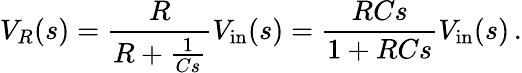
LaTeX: V_{R}(s)={\frac{R}{R+{\frac{1}{Cs}}}}V_{\mathrm{in}}(s)={\frac{RCs}{1+RCs}}V_{\mathrm{in}}(s)\, .